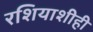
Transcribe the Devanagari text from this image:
रशियाशीही